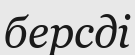
берсді